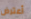
أعترض